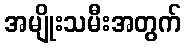
အမျိုးသမီးအတွက်